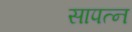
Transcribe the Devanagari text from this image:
सापत्‍न